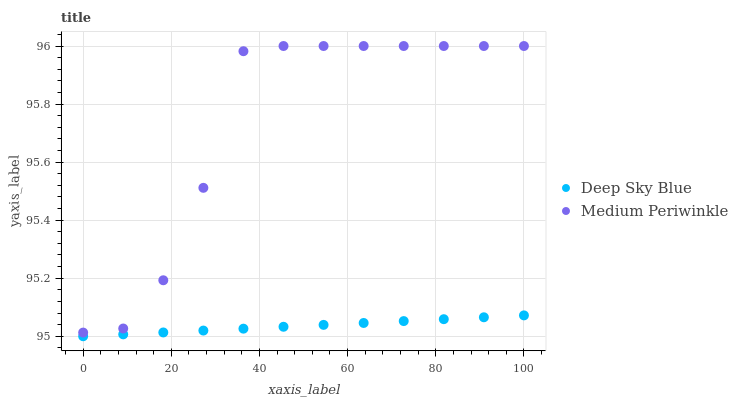
| xaxis_label | Deep Sky Blue | Medium Periwinkle |
 | --- | --- | --- |
 | 0 | 95 | 95 |
 | 9.09 | 95 | 95 |
 | 18.2 | 95 | 95.2 |
 | 27.3 | 95 | 95.5 |
 | 36.4 | 95 | 96 |
 | 45.5 | 95 | 96 |
 | 54.5 | 95 | 96 |
 | 63.6 | 95 | 96 |
 | 72.7 | 95.1 | 96 |
 | 81.8 | 95.1 | 96 |
 | 90.9 | 95.1 | 96 |
 | 100 | 95.1 | 96 |